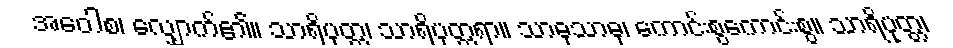
အဝေါစ၊ လျှောက်၏။ သာရိပုတ္တ၊ သာရိပုတ္တရာ။ သာဓုသာဓု၊ ကောင်းစွကောင်းစွ။ သာရိပုတ္တ၊